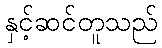
နှင့်ဆင်တူသည်